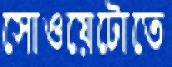
সোওয়েটোতে